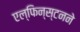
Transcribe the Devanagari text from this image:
एल्‌फिन्स्टनने